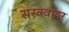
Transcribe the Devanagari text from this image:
सस्क्वायर